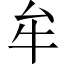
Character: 牟